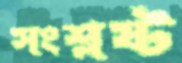
সংশ্লষ্ট